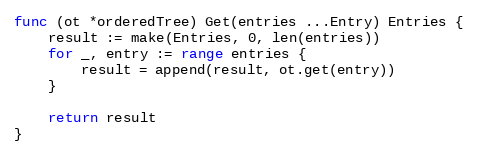
Language: Go
func (ot *orderedTree) Get(entries ...Entry) Entries {
	result := make(Entries, 0, len(entries))
	for _, entry := range entries {
		result = append(result, ot.get(entry))
	}

	return result
}